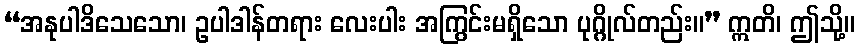
“အနုပါဒိသေသော၊ ဥပါဒါန်တရား လေးပါး အကြွင်းမရှိသော ပုဂ္ဂိုလ်တည်း။” ဣတိ၊ ဤသို့။